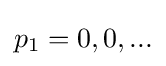
p_{1}={0,0,...}